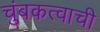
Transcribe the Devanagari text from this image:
चुंबकत्वाची